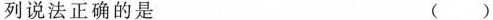
列说法正确的是 ()